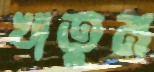
খাতুম